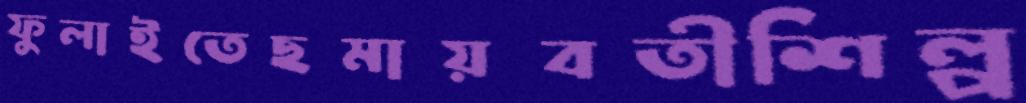
ফুলাইতেছমায়বতীশিল্প